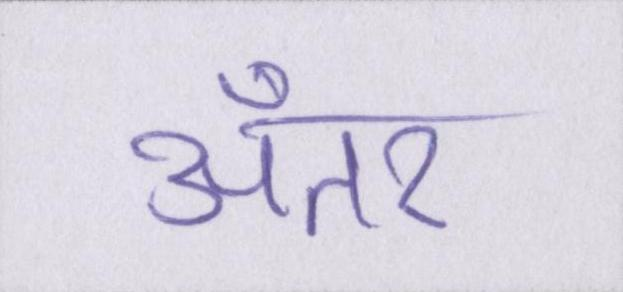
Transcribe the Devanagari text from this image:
अँतर